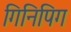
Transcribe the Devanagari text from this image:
गिनिपिग